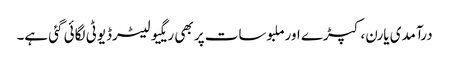
درآمدی یارن، کپڑے اورملبوسات پر بھی ریگیولیٹرڈیوٹی لگائی گئی ہے۔